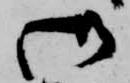
御